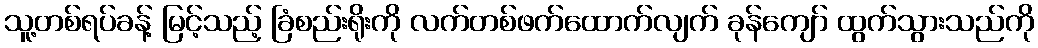
သူ့တစ်ရပ်ခန့် မြင့်သည့် ခြံစည်းရိုးကို လက်တစ်ဖက်ထောက်လျက် ခုန်ကျော် ထွက်သွားသည်ကို